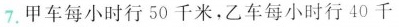
7.甲车每小时行50千米，乙车每小时行40千